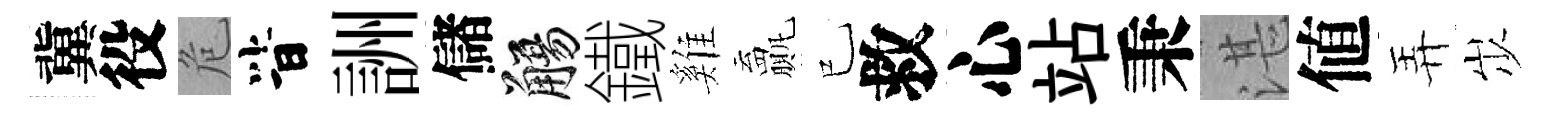
冀役危𣅜詶儲觴鐵雞贏已救心站秉湛値弄𡵯